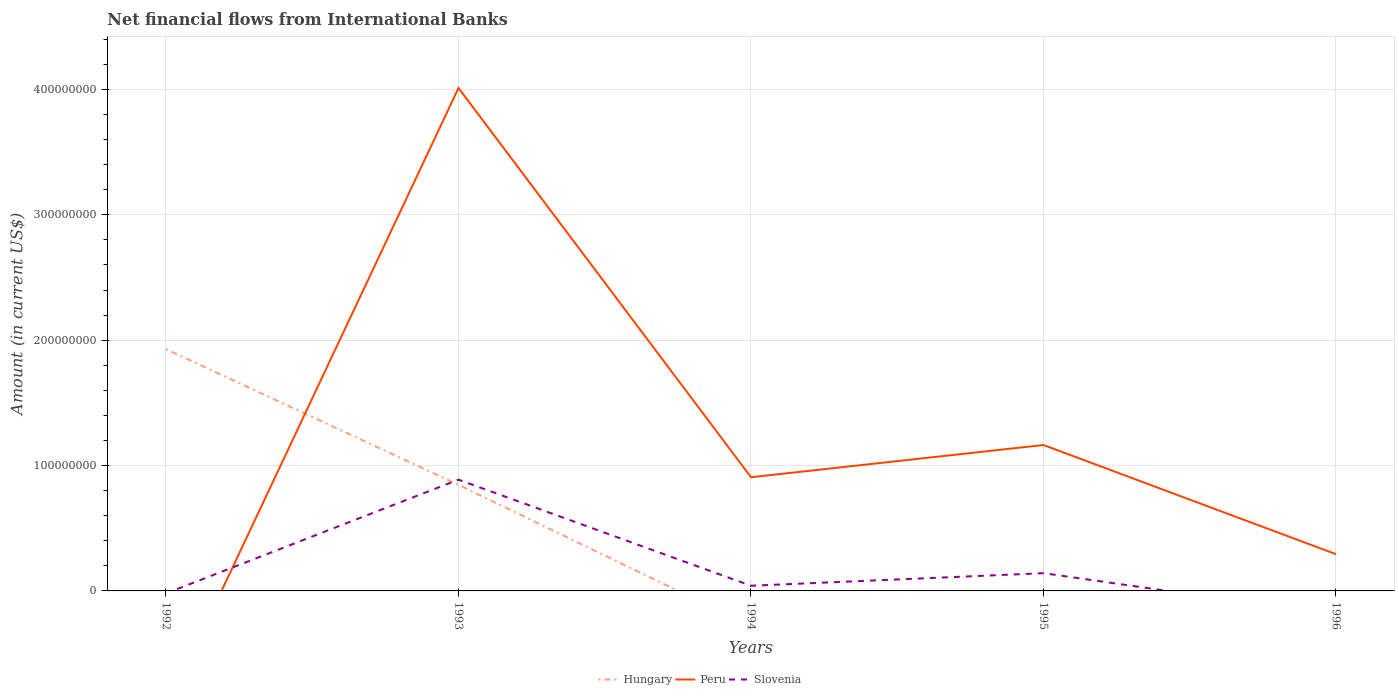
| Years | Hungary | Peru | Slovenia |
 | --- | --- | --- | --- |
 | 1992 | 1.93e+08 | -9.4e+07 | -1.93e+06 |
 | 1993 | 8.46e+07 | 4.01e+08 | 8.87e+07 |
 | 1994 | -2.81e+07 | 9.07e+07 | 4.12e+06 |
 | 1995 | -6.32e+07 | 1.16e+08 | 1.42e+07 |
 | 1996 | -4.19e+08 | 2.93e+07 | -1.92e+07 |